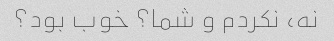
نه، نکردم و شما؟ خوب بود؟